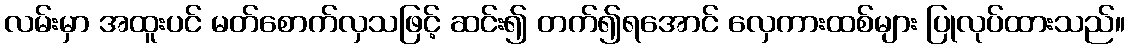
လမ်းမှာ အထူးပင် မတ်စောက်လှသဖြင့် ဆင်း၍ တက်၍ရအောင် လှေကားထစ်များ ပြုလုပ်ထားသည်။